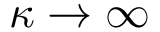
\kappa \rightarrow \infty